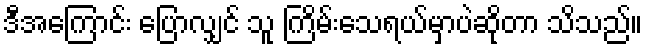
ဒီအကြောင်း ပြောလျှင် သူ ကြိမ်းသေရယ်မှာပဲဆိုတာ သိသည်။